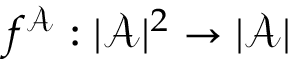
f ^ { \mathcal { A } } : | { \mathcal { A } } | ^ { 2 } \rightarrow | { \mathcal { A } } |